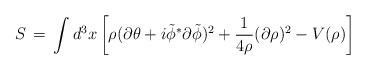
LaTeX: \begin{align*}S \,=\, \int d^3x \left[ \rho (\partial \theta + i {\tilde \phi}^*\partial {\tilde \phi})^2 + \frac{1}{4 \rho} (\partial \rho )^2- V(\rho) \right]\end{align*}